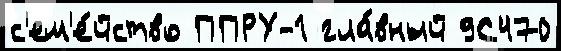
с'ем'е́йство ППРУ-1 гла́вный 9С470